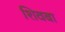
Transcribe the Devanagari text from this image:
शिवबा